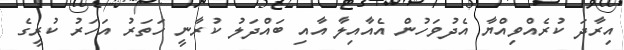
އިރާދަ ކުރެއްވިއްޔާ އެދުވަހުން އެއާއިލާ އާއި ބައްދަލު ކުރާނީ ހަތަރު އަހަރު ކުރީގެ